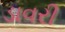
ડાવરી